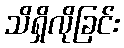
သိရှိလိုခြင်း